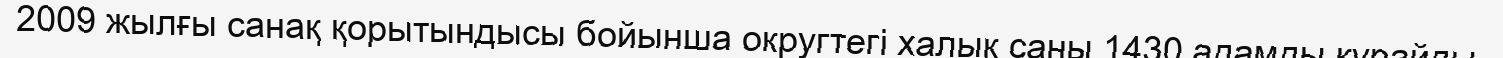
2009 жылғы санақ қорытындысы бойынша округтегі халық саны 1430 адамды құрайды.